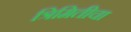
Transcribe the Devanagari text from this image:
त्रिमितीचा